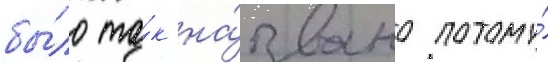
бы́ло та́к на́звано потому́